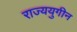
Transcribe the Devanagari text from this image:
राज्ययुगीन